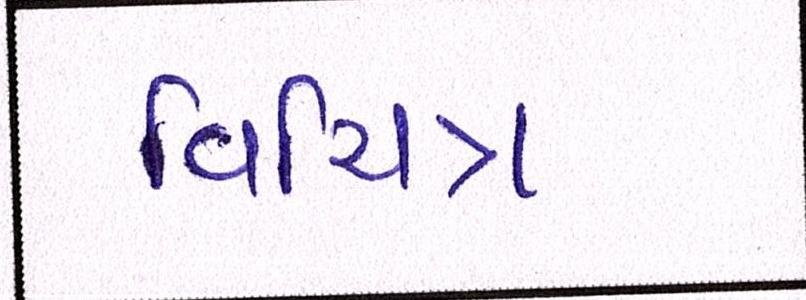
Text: વિચિત્ર